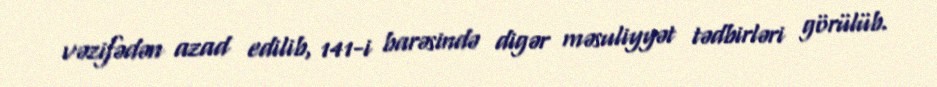
vəzifədən azad edilib, 141-i barəsində digər məsuliyyət tədbirləri görülüb.